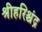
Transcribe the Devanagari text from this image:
श्रीहरिश्चंद्र